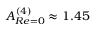
A _ { R e = 0 } ^ { ( 4 ) } \approx 1 . 4 5